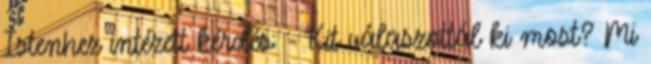
Istenhez intézett kérdés: - Kit válaszottál ki most? Mi